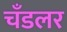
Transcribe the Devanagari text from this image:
चँडलर